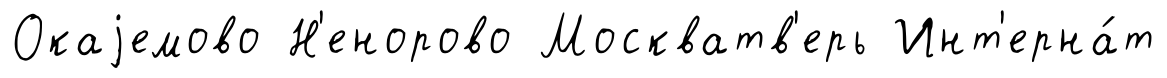
Окаjемово Н'енорово Москватв'ерь Инт'ерна́т